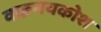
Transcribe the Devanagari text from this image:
वाङमयकोश